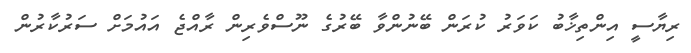
ރިޔާސީ އިންތިޚާބު ކަވަރު ކުރަން ބޭނުންވާ ބޭރުގެ ނޫސްވެރިން ރާއްޖެ އައުމަށް ސަރުކާރުން